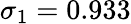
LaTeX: \sigma_{1}=0.933